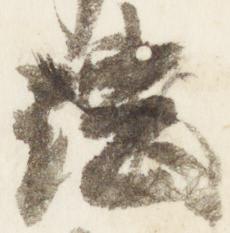
法